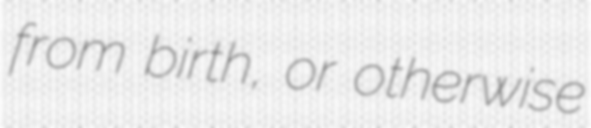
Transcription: from birth, or otherwise